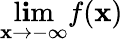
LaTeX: \operatorname*{l\mathbf{i}m}_{\mathbf{x}\to-\infty}{f(\mathbf{x})}